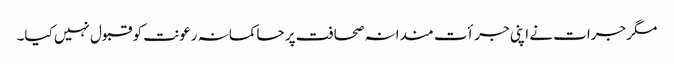
مگر جرات نے اپنی جرأت مندانہ صحافت پر حاکمانہ رعونت کو قبول نہیں کیا۔